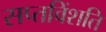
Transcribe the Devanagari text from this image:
सप्तविंशति